General report no. 6 on the lunatic asylums, vaccination and dispensaries in the Bengal Presidency, 1873 -
Year: 1873
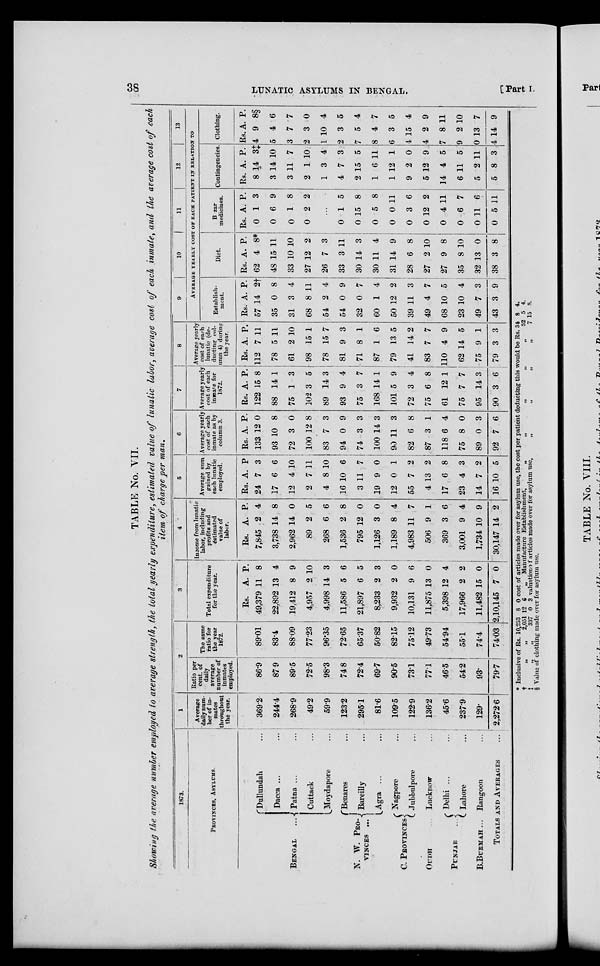
38
LUNATIC ASYLUMS IN BENGAL.
[Part I.
TABLE No. VII.
Showing the average number employed to average strength, the total yearly expenditure, estimated value of lunatic labor, average cost of each inmate, and the average cost of each
item of charge per man.
1873.
PROVINCES, ASYLUMS.
BENGAL
N. W. PRO-
VINCES ...
C. PROVINCES
OUDH ...
PUNJAB
...
B.BURMAH ...
Dullundah ...
Dacca ... ...
Patna ...
...
Cuttack ...
Moydapore ...
Benares ...
Bareilly
...
Agra ...
...
Nagpore ...
Jubbulpore ...
Lucknow ...
Delhi ... ...
Lahore ...
Rangoon
...
TOTALS AND AVERAGES ...
1
Average
daily num-
ber of in-
mates
throughout
the year.
369.2
244.4
268.9
49.2
59.9
123.2
295.1
81.6
109.5
122.9
136.2
45.6
237.9
129.
2,272.6
2
Ratio per
cent. of
daily
average
number of
inmates
employed.
86.9
87.9
89.5
72.5
98.3
74.8
72.4
69.7
90.5
73.1
77.1
46.5
54.2
93.
79.7
The same
ratio for
the year
1872.
89.01
83.4
88.09
77.23
96.35
72.65
65.37
50.82
82.15
75.12
49.73
54.94
55.1
74.4
74.03
3
Total expenditure
for the year.
Rs.
49,379
22,892
19,412
4,957
4,998
11,586
21,897
8,233
9,932
10,131
11,875
5,398
17,966
11,482
2,10,145
A.
11
13
8
2
14
5
6
2
2
9
13
12
2
15
7
P.
8
4
9
10
3
6
5
3
0
6
0
4
2
0
0
4
Income from lunatic
labor, including
profits and
estimated
value of
labor.
Rs.
7,845
3,738
2,962
89
268
1,536
795
1,126
1,189
4,983
506
369
3,001
1,734
30,147
A.
2
14
14
2
6
2
12
3
8
11
9
3
9
10
14
P.
4
8
0
5
6
8
0
0
4
7
1
6
4
9
2
5
Average sum
gained by
each lunatic
employed.
Rs.
24
17
12
2
4
16
3
19
12
55
4
17
23
14
16
A.
7
6
4
7
8
10
11
9
0
7
13
6
4
7
10
P.
3
6
10
11
10
6
7
0
1
2
2
8
3
2
5
6
Average yearly
cost of each
inmate as by
column 3.
Rs.
133
93
72
100
83
94
74
100
90
82
87
118
75
89
92
A.
12
10
3
12
7
0
3
14
11
6
3
6
8
0
7
P.
0
8
0
8
3
9
3
3
3
8
1
4
0
3
6
7
Average yearly
cost of each
inmate for
1872.
Rs.
122
88
75
102
89
93
75
168
101
72
75
61
75
95
90
A.
15
14
1
3
14
9
3
14
5
3
6
12
7
14
3
P.
8
1
3
5
3
4
7
1
9
4
8
1
7
3
6
8
Average yearly
cost of each
lunatic (de-
ducting col-
umn 4) during
the year.
Rs.
112
78
61
98
78
81
71
87
79
41
83
110
62
75
79
A.
7
5
2
15
15
9
8
1
13
14
7
4
14
9
3
P.
11
11
10
1
7
3
1
6
5
2
7
9
5
1
3
9
10
11
12
13
AVERAGE YEARLY COST OF EACH PATIENT IN RELATION TO
Establish-
ment.
Rs.
57
35
31
68
54
54
32
60
50
39
49
68
23
49
43
A.
14
0
3
8
2
0
0
1
12
11
4
10
10
7
3
P.
2†
8
4
11
4
9
7
4
2
3
7
5
4
3
9
Diet.
Rs.
62
48
33
27
26
33
30
30
31
28
27
27
35
32
38
A.
4
15
10
12
7
3
14
11
14
6
2
9
8
13
3
P.
8*
11
10
2
3
11
3
4
9
8
10
8
10
0
8
Bazar
medicines.
Rs.
0
0
0
0
A.
1
6
1
2
P.
3
9
8
2
...
0
0
0
0
0
0
0
0
0
0
1
15
5
0
3
12
4
6
11
5
5
8
8
11
6
2
11
7
6
11
Contingencies
Rs.
8
3
3
2
1
4
2
1
1
9
5
14
6
5
5
A.
14
14
11
1
3
7
15
6
12
2
12
4
11
2
8
P.
3‡
10
7
10
4
3
5
11
1
0
9
5
5
11
3
Clothing.
Rs.
4
5
3
2
1
2
7
8
6
4
4
7
9
0
4
A.
9
4
7
3
10
3
5
4
3
15
2
8
2
13
14
P.
8§
6
7
0
4
5
4
7
5
4
9
11
10
7
9
*
† ‡
§
Inclusive of Rs.
„ „
„ „
10,253
2,051
337
8
12
0
0
6
3
cost of articles made over for asylum use, the cost per patient deducting this would be
Manufacture Establishment. „ „ „ „ „
valuation of articles made over for asylum use, „ „ „ „
Value of clothing made over for asylum use.
Rs. 34
52
7
8
5
15
4.
4.
8.